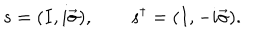
s = ( I , i \vec { \sigma } ) , \qquad s ^ { \dagger } = ( I , - i \vec { \sigma } ) .